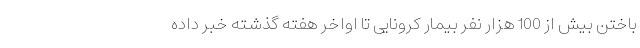
باختن بیش از 100 هزار نفر بیمار کرونایی تا اواخر هفته گذشته خبر داده